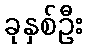
ခုနှစ်ဦး